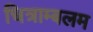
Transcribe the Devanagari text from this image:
चित्राम्बलम